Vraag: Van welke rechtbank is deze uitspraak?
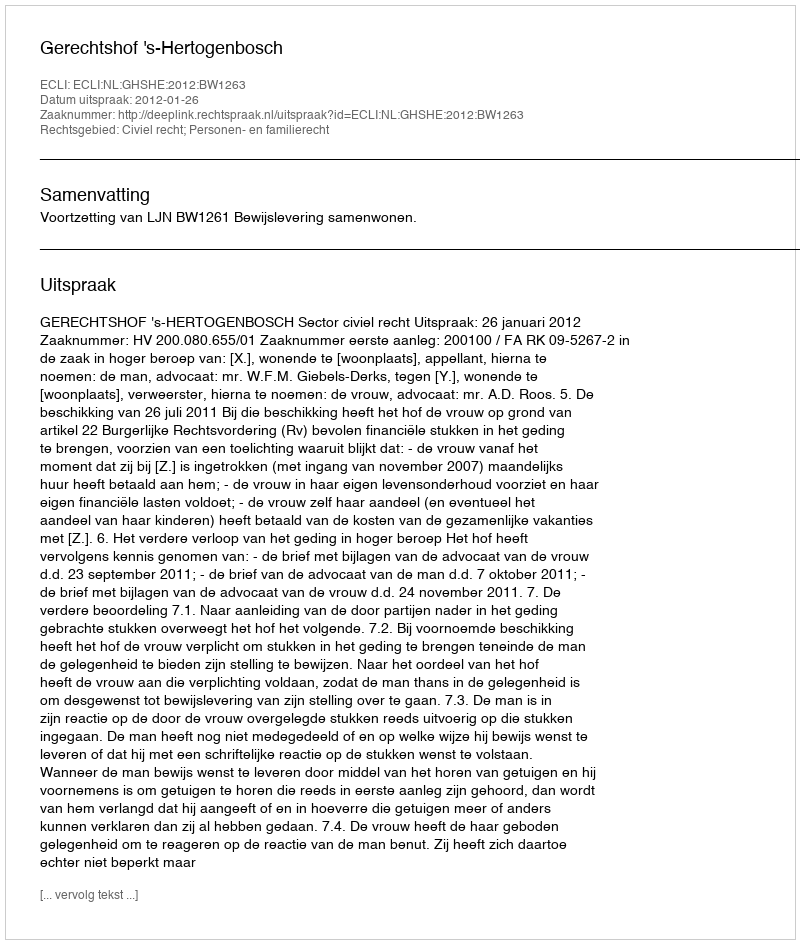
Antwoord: Gerechtshof 's-Hertogenbosch